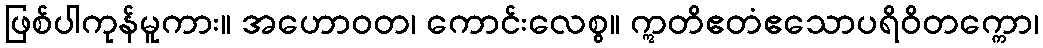
ဖြစ်ပါကုန်မူကား။ အဟောဝတ၊ ကောင်းလေစွ။ ဣတိဧတံဧသောပရိဝိတက္ကော၊